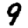
Digit: 9